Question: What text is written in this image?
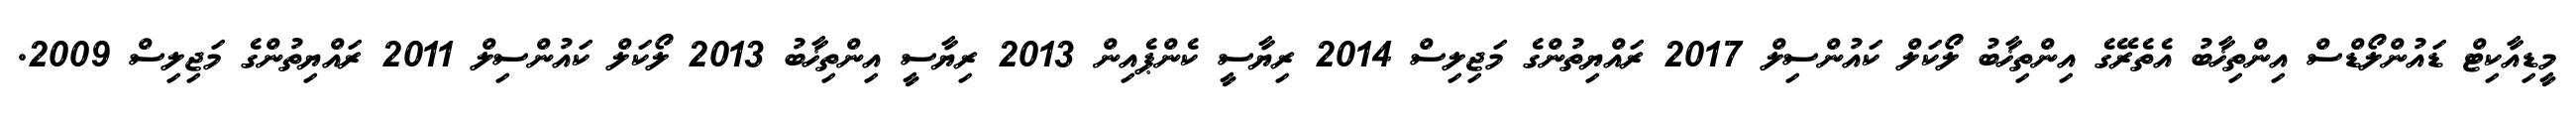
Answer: މީޑިއާކިޓް ޑައުންލޯޑްސް އިންތިޚާބު އެތެރޭގެ އިންތިޚާބު ލޯކަލް ކައުންސިލް 2017 ރައްޔިތުންގެ މަޖިލިސް 2014 ރިޔާސީ ކެންޕެއިން 2013 ރިޔާސީ އިންތިޚާބު 2013 ލޯކަލް ކައުންސިލް 2011 ރައްޔިތުންގެ މަޖިލިސް 2009.